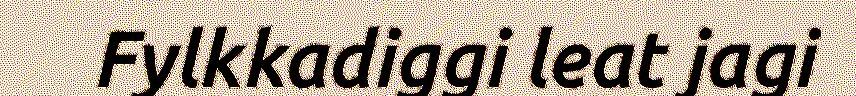
Fylkkadiggi leat jagi